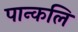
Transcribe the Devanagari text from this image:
पान्कलि